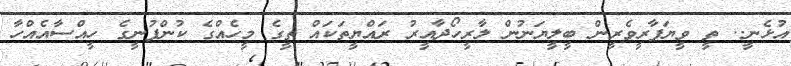
އުޅެނީ.. ތީ ވީޔަފާރީވެރީން ބީލީޔަނުން ލާރީހޯދާއީރު ރައްޔީތަކައް ތީގެ މީހެއްގެ ކުންފުނީގެ ހީއްސާއެއްހާ